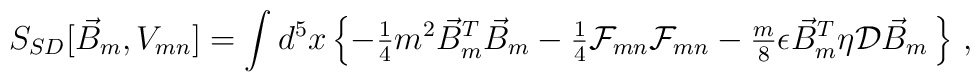
S_{SD}[\vec{B}_{m},V_{mn}] = \int d^{5}x                      \left\{-{\textstyle\frac{1}{4}} m^2 \vec{B}^{T}_{m} \vec{B}_{m}-{\textstyle\frac{1}{4}}{\cal F}_{mn}{\cal F}_{mn}-{\textstyle\frac{m}{8}} \epsilon\vec{B}^{T}_{m}  \eta \mathcal{D} \vec{B}_{m}\,                      \right\}\, ,